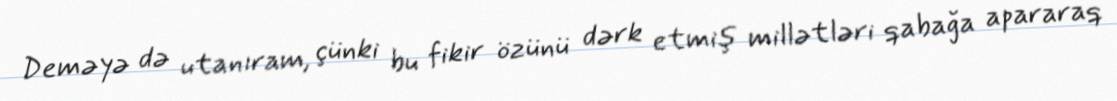
Deməyə də utanıram, çünki bu fikir özünü dərk etmiş millətləri qabağa apararaq